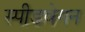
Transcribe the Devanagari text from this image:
स्पीडवेगन